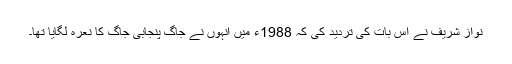
نواز شریف نے اس بات کی تردید کی کہ 1988ء میں انہوں نے جاگ پنجابی جاگ کا نعرہ لگایا تھا۔